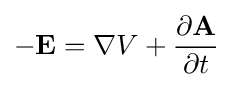
-\mathbf {E} =\nabla V+{\frac {\partial \mathbf {A} }{\partial t}}\,\!